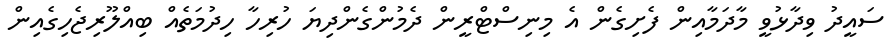
ސައީދު ވިދާޅުވީ މާދަމާއިން ފެށިގެން އެ މިނިސްޓްރީން ދެމުންގެންދިޔަ ހުރިހާ ހިދުމަތެއް ބިއްލޫރިޖެހިގެއިން